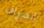
الصراف